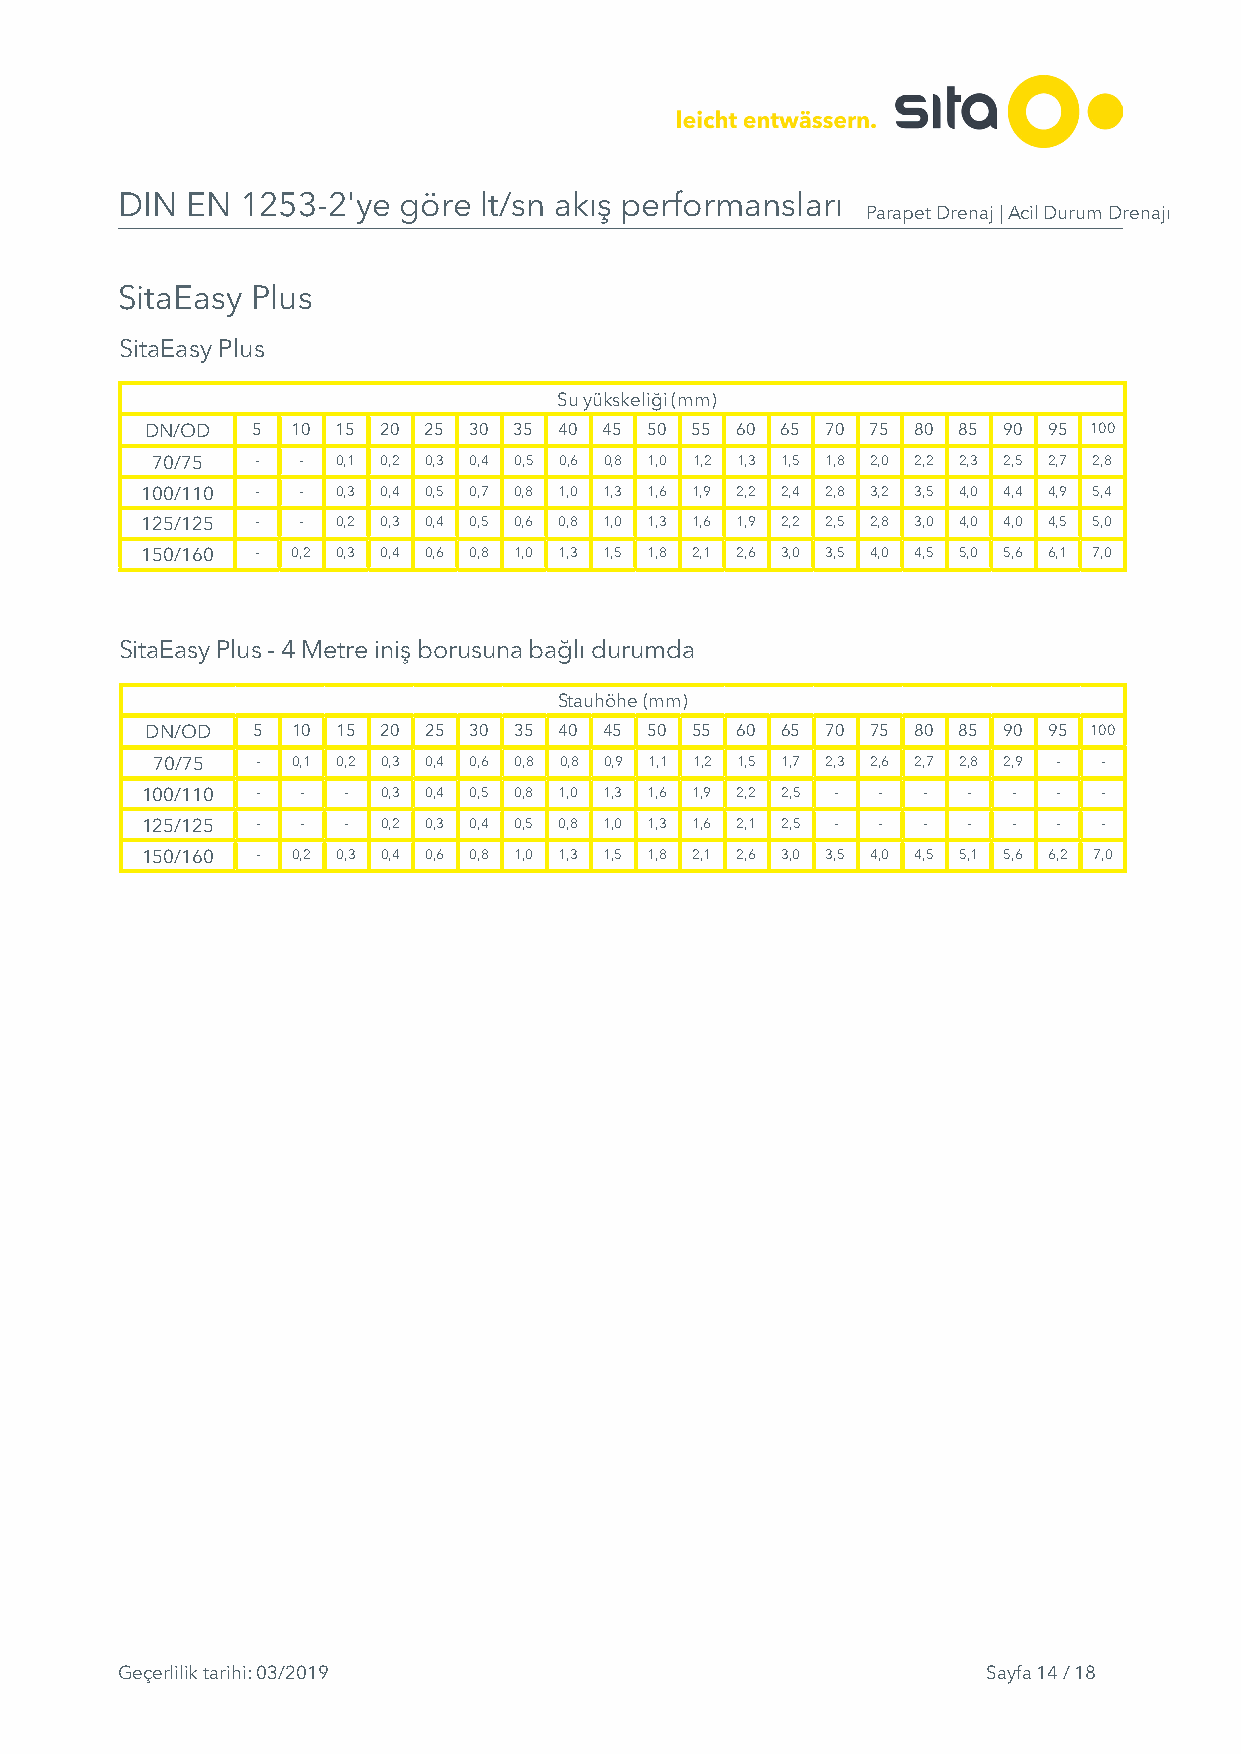
DIN EN  1253-2'ye göre  lt/sn akış performansları
 Parapet Drenaj | Acil Durum Drenajı
 SitaEasy Plus
 SitaEasy Plus
 Su yükskeliği (mm)
 DN/OD  5 10 15 20 25 30 35 40 45 50 55 60 65 70 75 80 85 90 95 100
 70/75  -  - 0,1 0,2 0,3 0,4 0,5 0,6 0,8 1,0 1,2 1,3 1,5 1,8 2,0 2,2 2,3 2,5 2,7 2,8
 100/110 -  - 0,3 0,4 0,5 0,7 0,8 1,0 1,3 1,6 1,9 2,2 2,4 2,8 3,2 3,5 4,0 4,4 4,9 5,4
 125/125 -  - 0,2 0,3 0,4 0,5 0,6 0,8 1,0 1,3 1,6 1,9 2,2 2,5 2,8 3,0 4,0 4,0 4,5 5,0
 150/160 - 0,2 0,3 0,4 0,6 0,8 1,0 1,3 1,5 1,8 2,1 2,6 3,0 3,5 4,0 4,5 5,0 5,6 6,1 7,0
 SitaEasy Plus - 4 Metre iniş borusuna bağlı durumda
 Stauhöhe (mm)
 DN/OD  5 10 15 20 25 30 35 40 45 50 55 60 65 70 75 80 85 90 95 100
 70/75  - 0,1 0,2 0,3 0,4 0,6 0,8 0,8 0,9 1,1 1,2 1,5 1,7 2,3 2,6 2,7 2,8 2,9 - -
 100/110 -  -  - 0,3 0,4 0,5 0,8 1,0 1,3 1,6 1,9 2,2 2,5 - - - - - - -
 125/125 -  -  - 0,2 0,3 0,4 0,5 0,8 1,0 1,3 1,6 2,1 2,5 - - - - - - -
 150/160 - 0,2 0,3 0,4 0,6 0,8 1,0 1,3 1,5 1,8 2,1 2,6 3,0 3,5 4,0 4,5 5,1 5,6 6,2 7,0
 Geçerlilik tarihi: 03/2019                               Sayfa 14 / 18